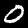
Digit: 0